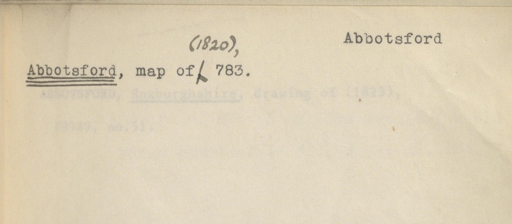
Label: content